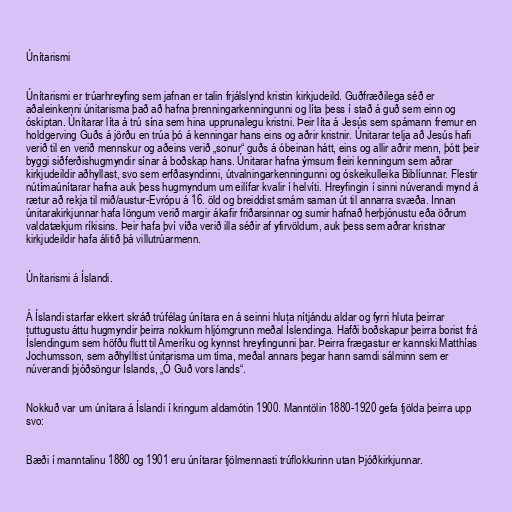
Únítarismi

Únítarismi er trúarhreyfing sem jafnan er talin frjálslynd kristin kirkjudeild. Guðfræðilega séð er
aðaleinkenni únitarisma það að hafna þrenningarkenningunni og líta þess í stað á guð sem einn og
óskiptan. Únítarar líta á trú sína sem hina upprunalegu kristni. Þeir líta á Jesús sem spámann fremur en
holdgerving Guðs á jörðu en trúa þó á kenningar hans eins og aðrir kristnir. Únitarar telja að Jesús hafi
verið til en verið mennskur og aðeins verið „sonur“ guðs á óbeinan hátt, eins og allir aðrir menn, þótt þeir
byggi siðferðishugmyndir sínar á boðskap hans. Únitarar hafna ýmsum fleiri kenningum sem aðrar
kirkjudeildir aðhyllast, svo sem erfðasyndinni, útvalningarkenningunni og óskeikulleika Biblíunnar. Flestir
nútímaúnítarar hafna auk þess hugmyndum um eilífar kvalir í helvíti. Hreyfingin í sinni núverandi mynd á
rætur að rekja til mið/austur-Evrópu á 16. öld og breiddist smám saman út til annarra svæða. Innan
únitarakirkjunnar hafa löngum verið margir ákafir friðarsinnar og sumir hafnað herþjónustu eða öðrum
valdatækjum ríkisins. Þeir hafa því víða verið illa séðir af yfirvöldum, auk þess sem aðrar kristnar
kirkjudeildir hafa álitið þá villutrúarmenn.

Únítarismi á Íslandi.

Á Íslandi starfar ekkert skráð trúfélag únítara en á seinni hluta nítjándu aldar og fyrri hluta þeirrar
tuttugustu áttu hugmyndir þeirra nokkurn hljómgrunn meðal Íslendinga. Hafði boðskapur þeirra borist frá
Íslendingum sem höfðu flutt til Ameríku og kynnst hreyfingunni þar. Þeirra frægastur er kannski Matthías
Jochumsson, sem aðhylltist únitarisma um tíma, meðal annars þegar hann samdi sálminn sem er
núverandi þjóðsöngur Íslands, „Ó Guð vors lands“.

Nokkuð var um únítara á Íslandi í kringum aldamótin 1900. Manntölin 1880-1920 gefa fjölda þeirra upp
svo:

Bæði í manntalinu 1880 og 1901 eru únítarar fjölmennasti trúflokkurinn utan Þjóðkirkjunnar.